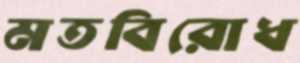
মতবিরোধ